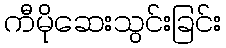
ကီမိုဆေးသွင်းခြင်း